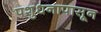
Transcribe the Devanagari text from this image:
पशुधनापासून